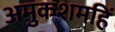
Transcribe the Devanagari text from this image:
अमुकशमहिं